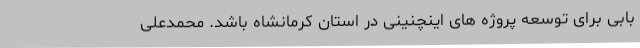
بابی برای توسعه پروژه های اینچنینی در استان کرمانشاه باشد. محمدعلی